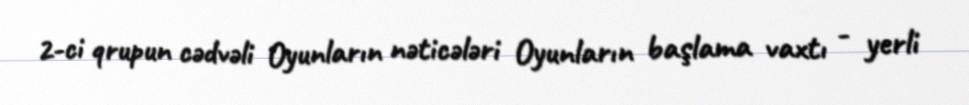
2-ci qrupun cədvəli Oyunların nəticələri Oyunların başlama vaxtı - yerli